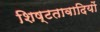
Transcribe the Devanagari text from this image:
शिष्टतावादियों